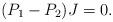
LaTeX: \begin{align*}(P_1 - P_2) J = 0.\end{align*}